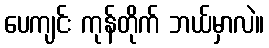
ပေကျင်း ကုန်တိုက် ဘယ်မှာလဲ။